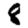
Digit: 8